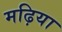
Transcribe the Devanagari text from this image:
मढ़िया